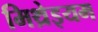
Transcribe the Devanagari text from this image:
मिथ्रेइयम